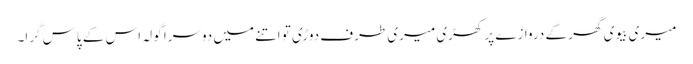
میری بیوی گھر کے دروازے پر کھڑی میری طرف دوڑی تو اتنے میں دوسرا گولہ اس کے پاس گرا۔